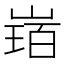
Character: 𡻂